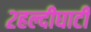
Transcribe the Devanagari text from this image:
२हल्दीघाटी